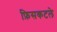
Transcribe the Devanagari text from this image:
फ़िसकटले